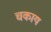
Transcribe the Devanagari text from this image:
चकाय